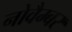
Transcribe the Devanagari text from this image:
नोवैम्बर